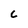
Character: C